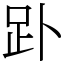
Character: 䟔